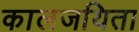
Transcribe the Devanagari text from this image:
कालजयिता